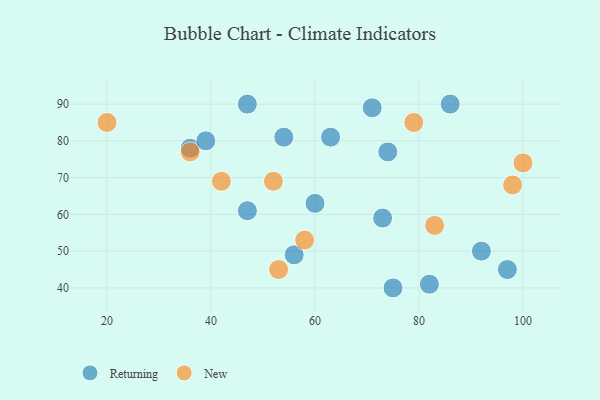
{"axis": {"x": "GDP", "y": "Life Expectancy"}, "legend": ["New", "Returning"], "data": [{"x": "75", "y": 40, "type": "Returning"}, {"x": "47", "y": 61, "type": "Returning"}, {"x": "86", "y": 90, "type": "Returning"}, {"x": "60", "y": 63, "type": "Returning"}, {"x": "54", "y": 81, "type": "Returning"}, {"x": "56", "y": 49, "type": "Returning"}, {"x": "71", "y": 89, "type": "Returning"}, {"x": "36", "y": 78, "type": "Returning"}, {"x": "73", "y": 59, "type": "Returning"}, {"x": "39", "y": 80, "type": "Returning"}, {"x": "47", "y": 90, "type": "Returning"}, {"x": "82", "y": 41, "type": "Returning"}, {"x": "97", "y": 45, "type": "Returning"}, {"x": "74", "y": 77, "type": "Returning"}, {"x": "92", "y": 50, "type": "Returning"}, {"x": "63", "y": 81, "type": "Returning"}, {"x": "98", "y": 68, "type": "New"}, {"x": "52", "y": 69, "type": "New"}, {"x": "20", "y": 85, "type": "New"}, {"x": "79", "y": 85, "type": "New"}, {"x": "100", "y": 74, "type": "New"}, {"x": "36", "y": 77, "type": "New"}, {"x": "58", "y": 53, "type": "New"}, {"x": "42", "y": 69, "type": "New"}, {"x": "53", "y": 45, "type": "New"}, {"x": "83", "y": 57, "type": "New"}]}